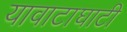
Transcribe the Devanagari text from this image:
यावाटाघाटी